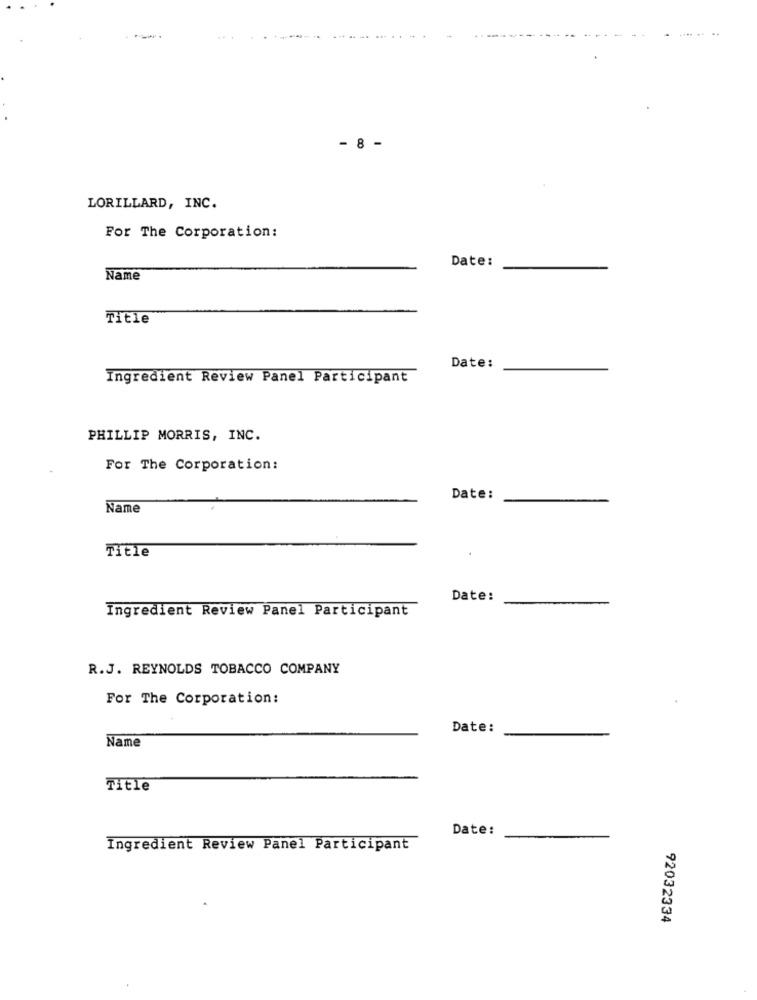
- 8 -
LORILLARD, INC.
For The Corporation:
Date:
Name
Title
Date:
Ingredient Review Panel Participant
PHILLIP MORRIS, INC.
For The Corporation:
Date:
Name
Title
Date:
Ingredient Review Panel Participant
R.J. REYNOLDS TOBACCO COMPANY
For The Corporation:
Date:
Name
Title
Date:
Ingredient Review Panel Participant
92032334